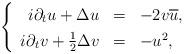
LaTeX: \begin{align*} \left\{ \renewcommand*{\arraystretch}{1.3}\begin{array}{rcl}i\partial_t u + \Delta u & = & -2 v \overline{u}, \\i\partial_t v + \frac{1}{2} \Delta v & = & - u^2,\end{array}\right.\end{align*}